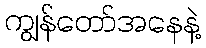
ကျွန်တော်အနေနဲ့